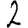
Digit: 2